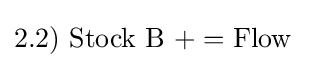
2.2)\ {\text{Stock B}}\ +={\text{Flow}}\